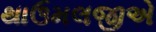
થાઉમલજીએ